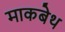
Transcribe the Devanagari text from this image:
माकबेथ